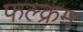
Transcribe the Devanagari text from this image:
फल्क्रम